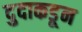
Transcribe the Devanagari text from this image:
दुदाकडून